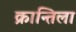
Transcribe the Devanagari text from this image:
क्रान्तिला